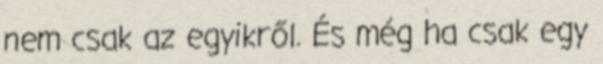
nem csak az egyikről. És még ha csak egy